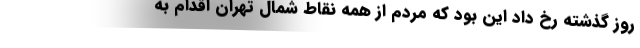
روز گذشته رخ داد این بود که مردم از همه نقاط شمال تهران اقدام به